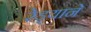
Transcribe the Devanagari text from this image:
रेड्याने